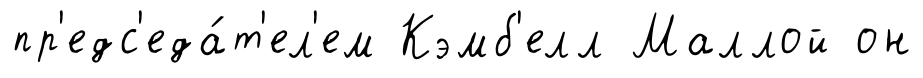
пр'едс'еда́т'ел'ем Кэмб'елл Маллой он